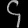
Digit: ၄